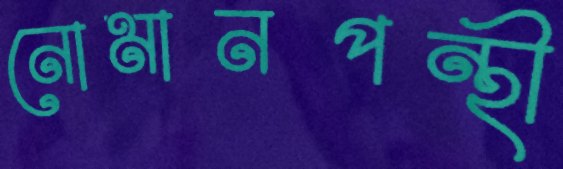
নোমানপন্থী